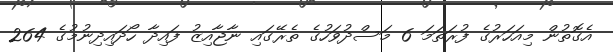
އެގޮތުން މިއަހަރުގެ ފުރަތަމަ 6 މަސްދުވަހުގެ ތެރޭގައި ނާޖާއިޒު ފައިދާ ހޯދައިދިނުމުގެ 264